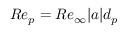
R e _ { p } = R e _ { \infty } | \boldsymbol { a } | d _ { p }